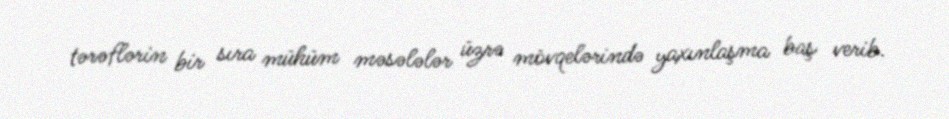
tərəflərin bir sıra mühüm məsələlər üzrə mövqelərində yaxınlaşma baş verib.